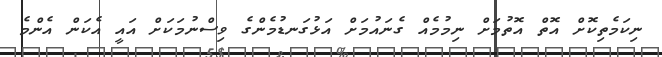
ނިކަމެތިކޮށް އޮތް އޮތުމަށް ނިމުމެއް ގެނައުމަށް އަޅުގަނޑުމެންގެ ވިސްނުމަކަށް އައީ އެކަން އެންމެ